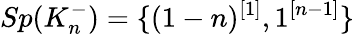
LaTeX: Sp(K_{n}^{-})=\{ (1-n)^{[1]},1^{[n-1]}\}